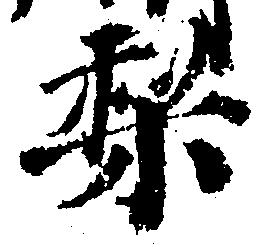
梨